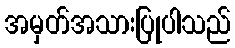
အမှတ်အသားပြုပါသည်